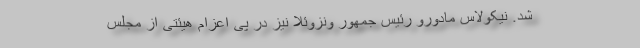
شد. نیکولاس مادورو رئیس جمهور ونزوئلا نیز در پی اعزام هیئتی از مجلس